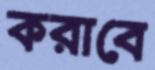
করাবে